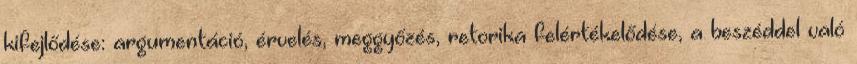
kifejlődése: argumentáció, érvelés, meggyőzés, retorika felértékelődése, a beszéddel való